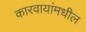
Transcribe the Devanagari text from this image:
कारवायांमधील